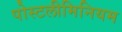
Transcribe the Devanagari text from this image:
पोस्टलीमिनियम